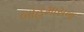
બાહમાસના